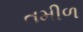
તમીળ